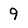
Character: 9